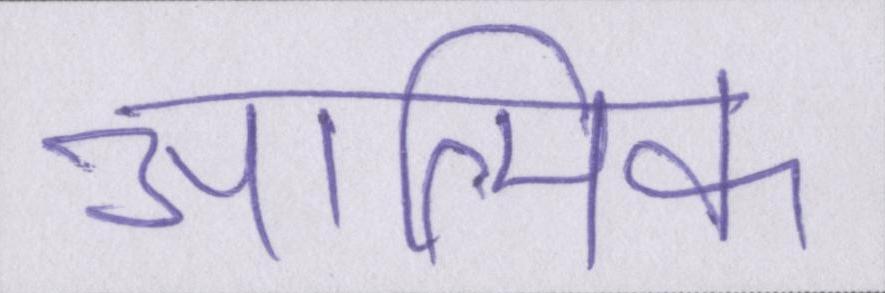
आत्मिक